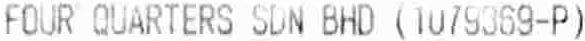
FOUR QUARTERS SDN BHD (1079369-P)